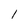
Character: l